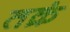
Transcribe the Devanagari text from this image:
तक्रं